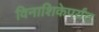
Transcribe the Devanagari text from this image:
विनाशिकेपर्यंत